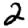
Digit: 2